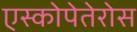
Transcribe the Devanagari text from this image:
एस्कोपेतेरोस